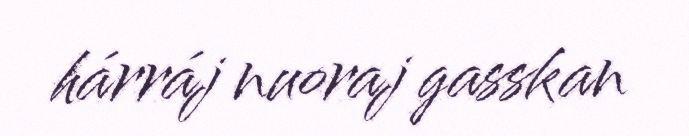
hárráj nuoraj gasskan